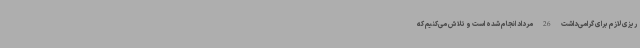
ریزی لازم برای گرامی‌داشت 26 مرداد انجام شده است و تلاش می‌کنیم که